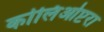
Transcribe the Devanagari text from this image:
कोलिओप्टरा